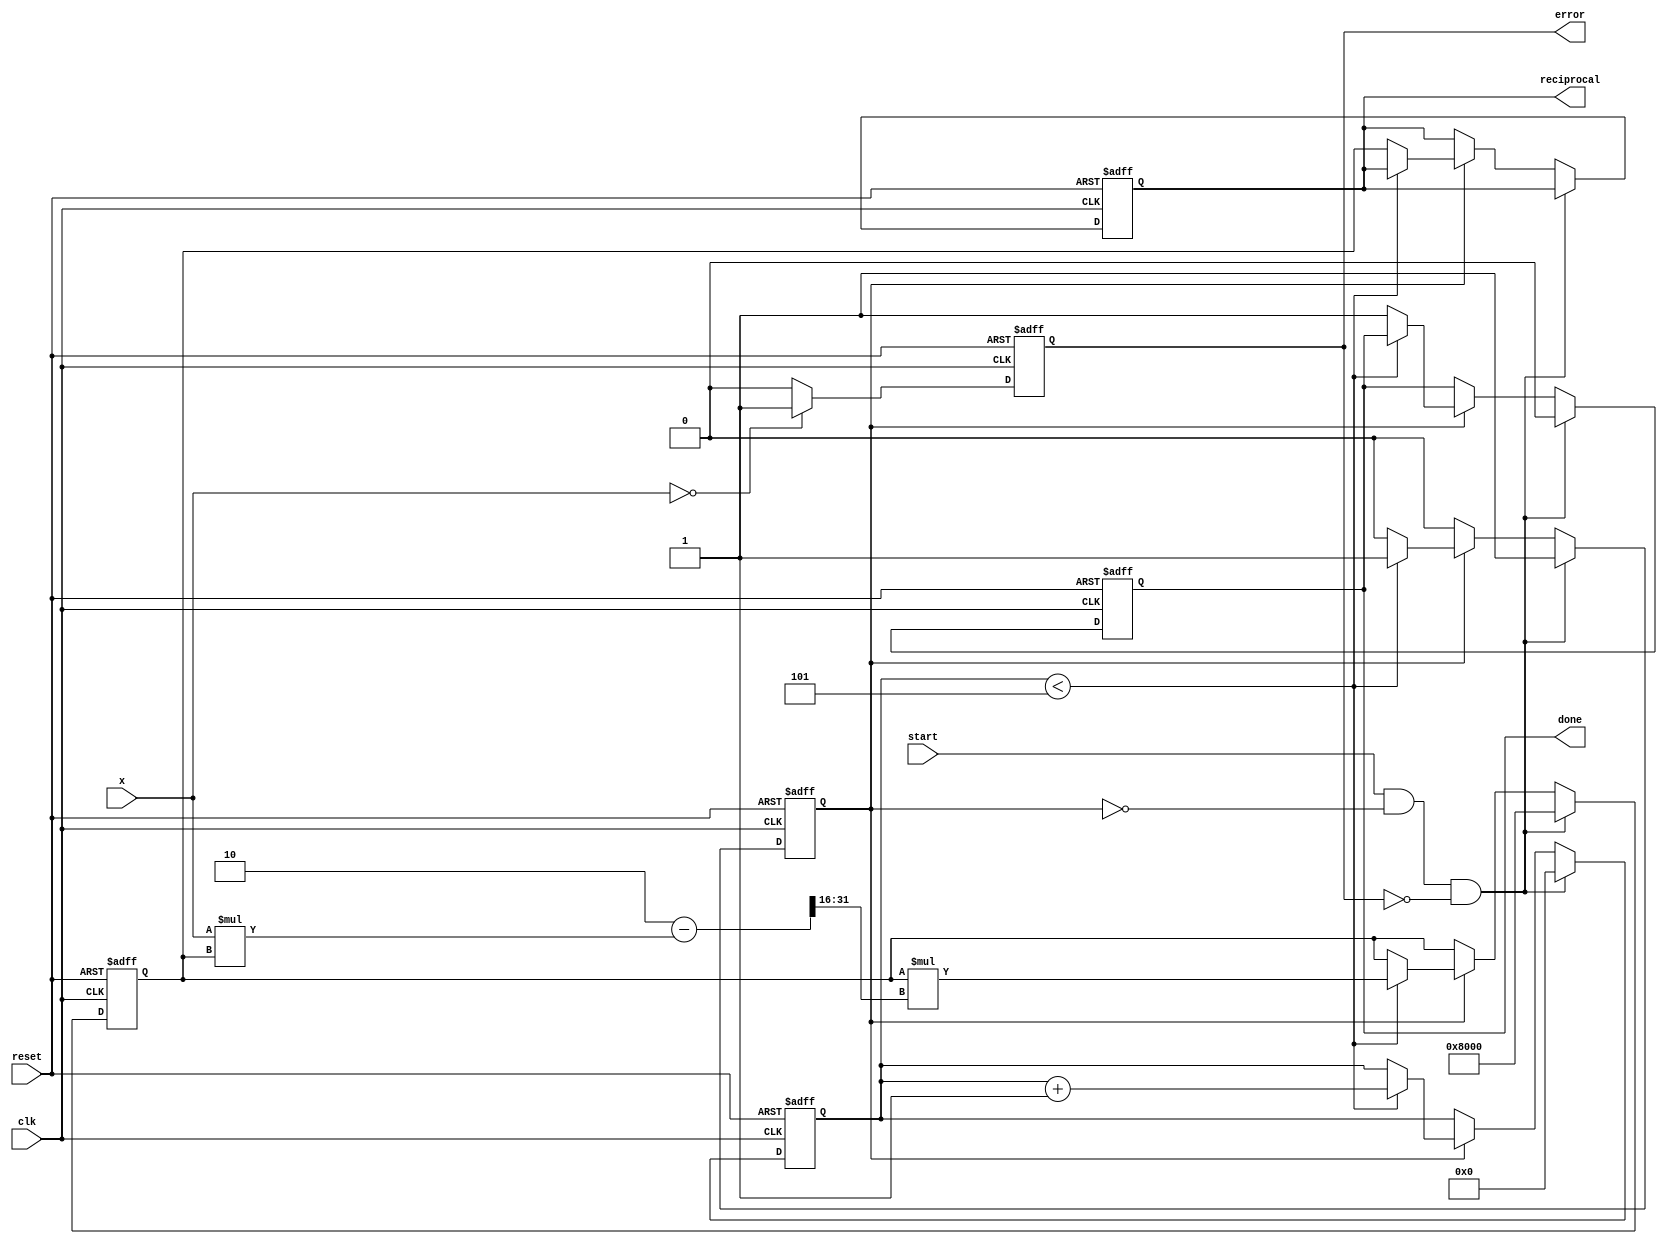
module newton_raphson_reciprocal #(
    parameter INPUT_WIDTH = 16,    // Width of the input
    parameter OUTPUT_WIDTH = 32,    // Width of the output (reciprocal)
    parameter MAX_ITERATIONS = 5     // Number of iterations for convergence
)(
    input wire clk,
    input wire reset,
    input wire start,
    input wire [INPUT_WIDTH-1:0] x, // Input value
    output reg [OUTPUT_WIDTH-1:0] reciprocal, // Computed reciprocal
    output reg done, // Done signal
    output reg error // Error signal for invalid input
);

    reg [OUTPUT_WIDTH-1:0] r; // Current approximation of reciprocal
    reg [3:0] iteration_count; // Iteration counter
    reg computing; // Flag to indicate computation in progress

    // Initial guess for the reciprocal
    localparam [OUTPUT_WIDTH-1:0] INITIAL_GUESS = (1 << (OUTPUT_WIDTH - INPUT_WIDTH - 1)); // 2^(OUTPUT_WIDTH - INPUT_WIDTH - 1)

    // Error detection logic
    always @(posedge clk or posedge reset) begin
        if (reset) begin
            error <= 0;
        end else if (x == 0) begin
            error <= 1; // Set error if input is zero
        end else begin
            error <= 0; // Clear error otherwise
        end
    end

    // Main computation logic
    always @(posedge clk or posedge reset) begin
        if (reset) begin
            reciprocal <= 0;
            r <= 0;
            iteration_count <= 0;
            done <= 0;
            computing <= 0;
        end else if (start && !computing && !error) begin
            // Start computation
            r <= INITIAL_GUESS; // Initialize approximation
            iteration_count <= 0;
            computing <= 1;
            done <= 0;
        end else if (computing) begin
            if (iteration_count < MAX_ITERATIONS) begin
                // Newton-Raphson update: r = r * (2 - x * r)
                r <= r * (2 - (x * r) >> (OUTPUT_WIDTH - INPUT_WIDTH)); // Shift to maintain precision
                iteration_count <= iteration_count + 1;
            end else begin
                // Finished computation
                reciprocal <= r; // Store final result
                done <= 1;
                computing <= 0; // Reset computing flag
            end
        end
    end
endmodule